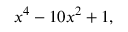
x ^ { 4 } - 1 0 x ^ { 2 } + 1 ,